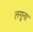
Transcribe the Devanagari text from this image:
लगूना